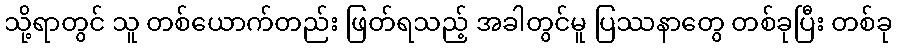
သို့ရာတွင် သူ တစ်ယောက်တည်း ဖြတ်ရသည့် အခါတွင်မူ ပြဿနာတွေ တစ်ခုပြီး တစ်ခု